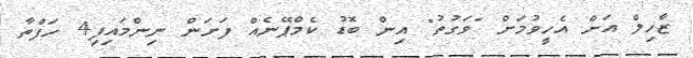
ޒާހިލް އަށް އެހީވުމަށް "ވަގުތު" އިން ބޮޑު ކެމްޕޭނެއް ފަށަން ނިންމައިފި4 ހަފްތާ